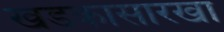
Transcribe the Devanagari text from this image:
खडकासारखा